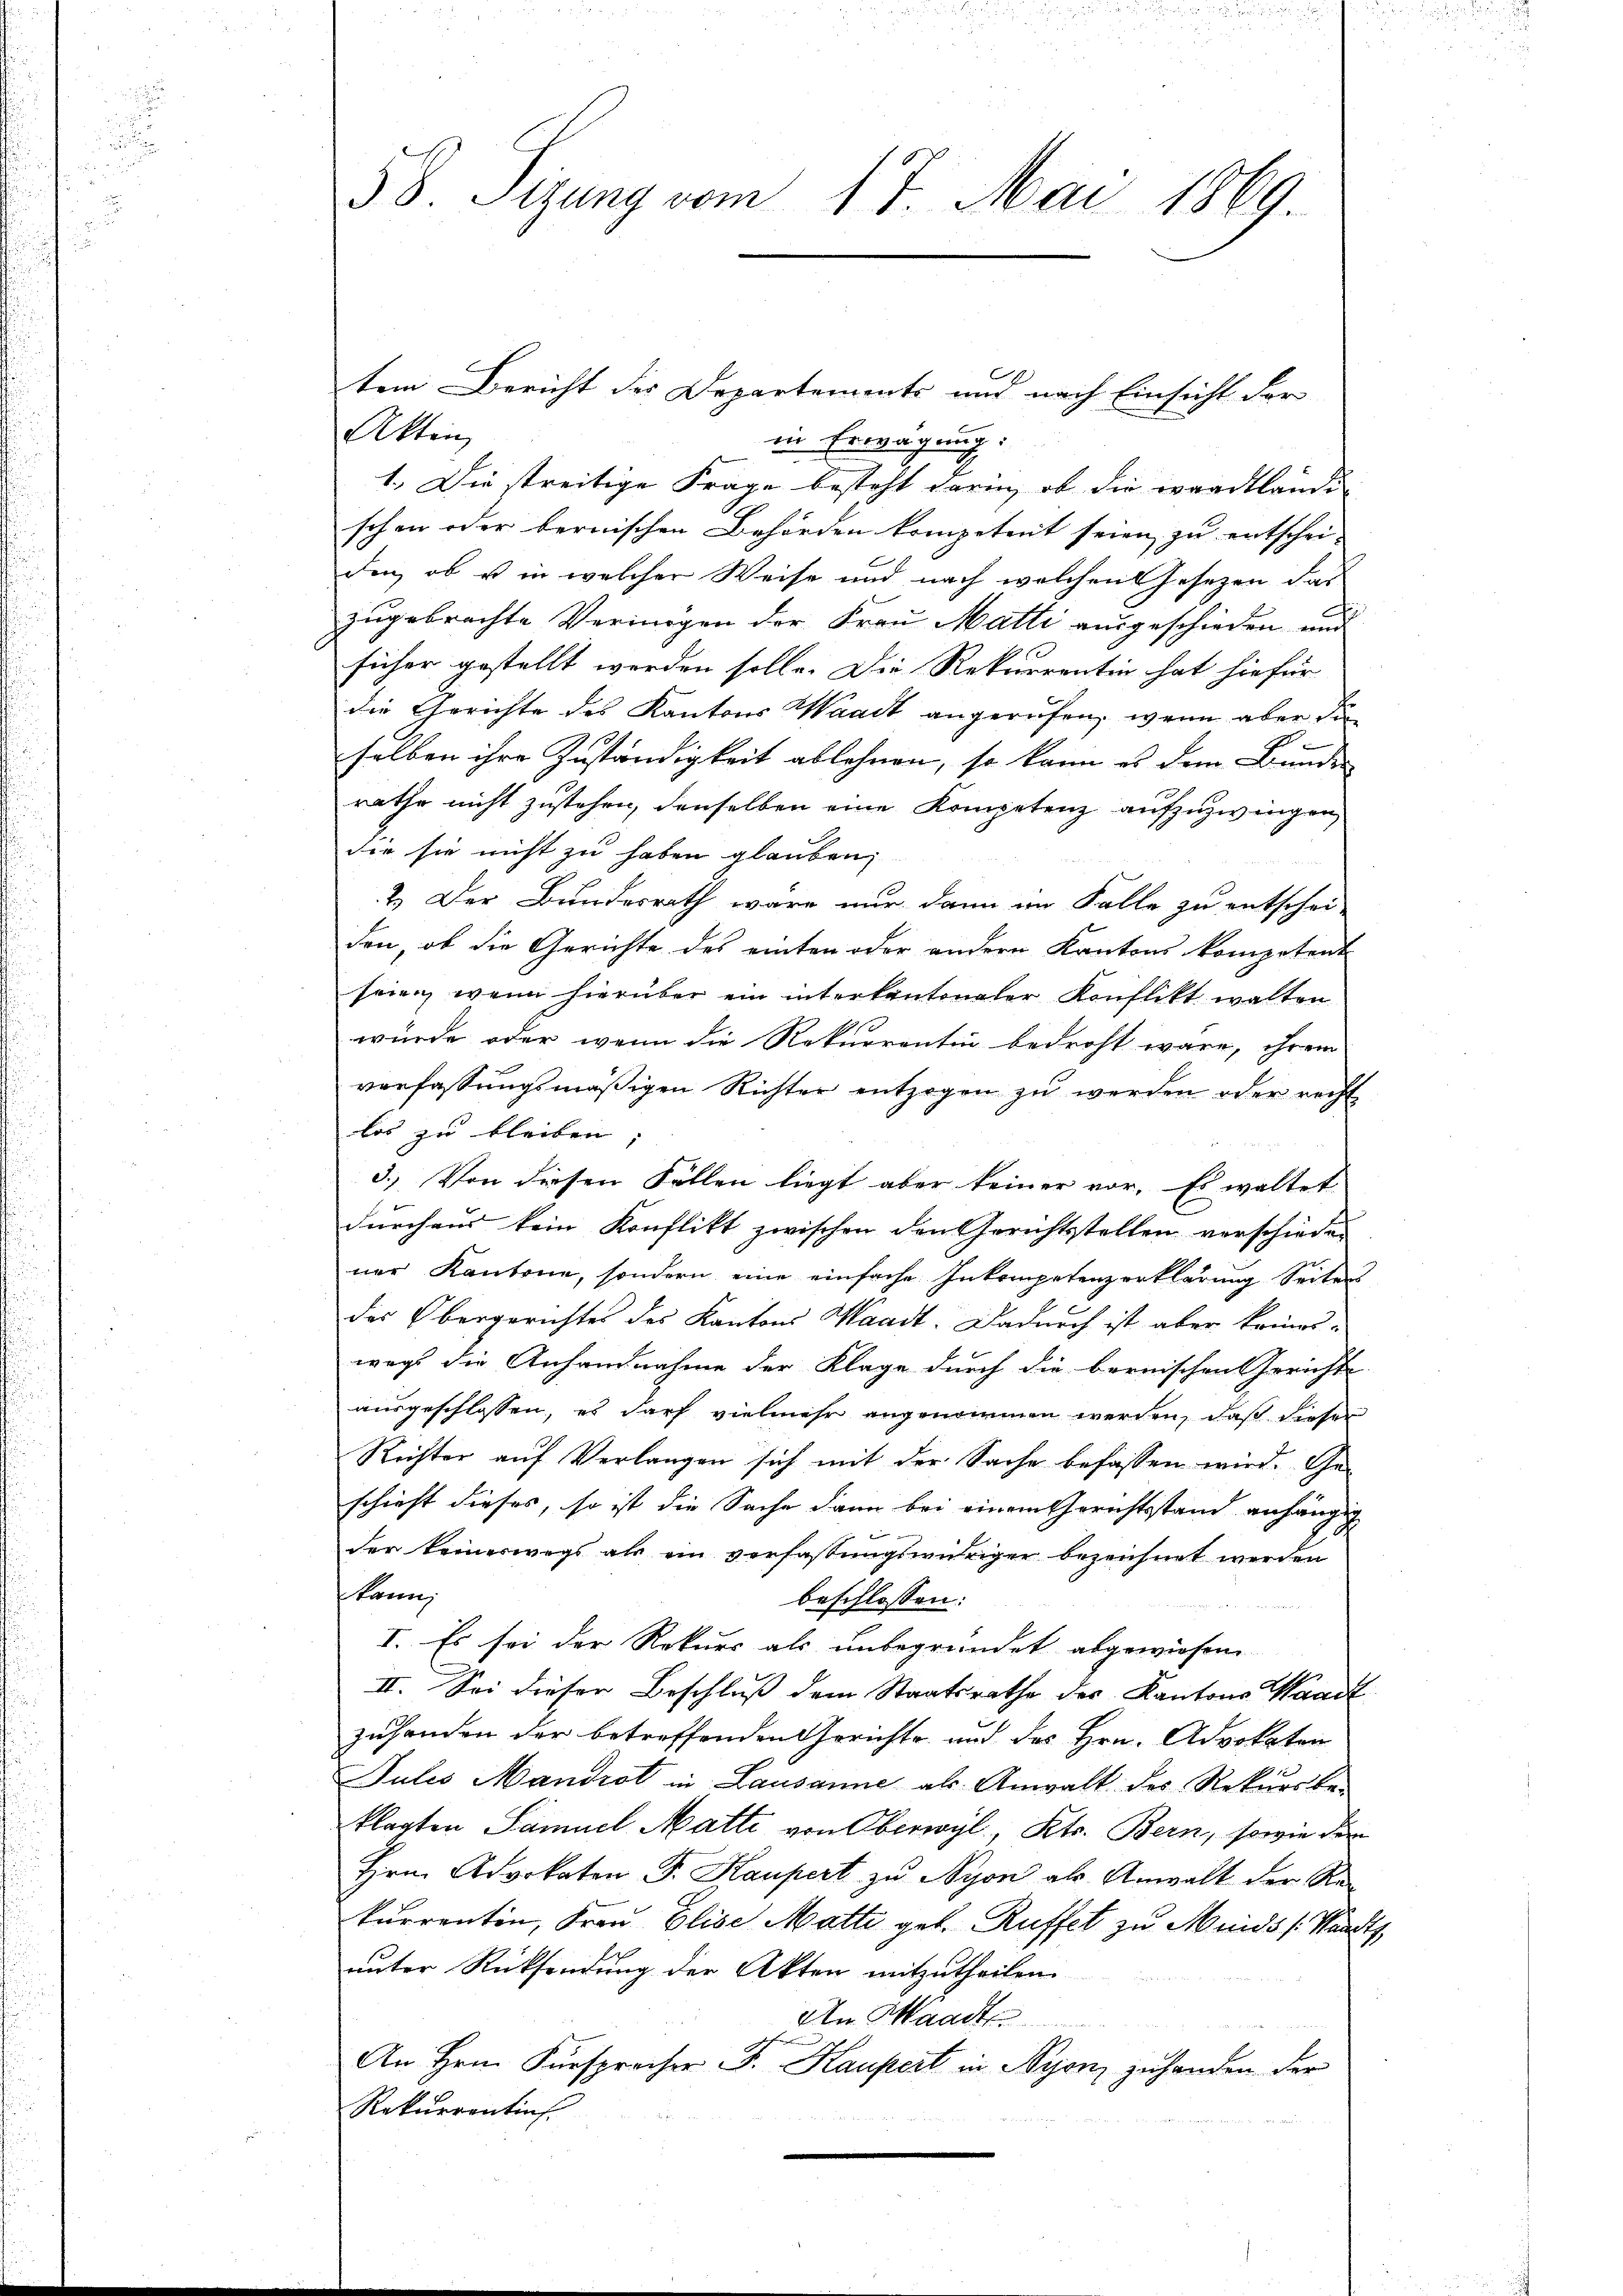
tem Bericht des Departements und nach Einsicht der
Akten
in Erwägung:
1. Die streitige Frage besteht darin, ob die waadtländi
schon oder bernischen Behörden kompetent seien zu entschei-
den, ob u in welcher Weise und nach welchen Gesezen das
zugebrachte Vermögen der Frau Matti ausgeschieden und
füher gestellt werden solle. Die Rekurrentin hat hiefür
die Gerichte des Kantons Waadt angerufen, wenn aber die
selben ihre Zuständigkeit ablehnen, so kann es dem Bundes
rathe nicht zustehen, denselben eine Kompetenz aufzuzwingen,
die sie nicht zu haben glauben,
2.) Der Bundesrath wäre nur dann im Falle zu entschei-
den, ob die Gerichte des einten oder andern Kantons kompetent
seien, wenn hierüber ein interkantonaler Konflikt walten
würde oder wenn die Rekurrentin bedroht wäre, ihrem
verfassungsmäßigen Richter entzogen zu werden oder recht
los zu bleiben; |
3.) Von diesen Fällen liegt aber keiner vor. Es waltet
durchaus kein Konflikt zwischen den Gerichtsstellen verschieden
ner Kantone, sondern eine einfache Inkompetenzerklärung Seiters
der Obergerichtes des Kantons Waadt. Dadurch ist aber keines-
weg die Anhandnahme der Klage durch die bernischen Gerichte
ausgeschlossen, es darf vielmehr angenommen werden, daß dieser
Rechter auf Verlangen sich mit der Sache befassen wird. Ge-
schieht dieses, so ist die Sache dann bei einem Gerichtsstand anhängig
der keineswegs als ein verfassungswuhriger bezeichnet werden
kann,
beschlossen:
I. Es sei der Rekurs als unbegründet abgewiesen
II. Sei dieser Beschluß dem Staatsrathe des Kantons Waadt
zuhanden der betreffenden Gerichte und des Hrn. Advokaten
Julis Mandrot in Lausanne als Anwalt des Rekursbe-
klagten Samuel Matte von Oberwyl, Kts. Bern, sowie dem
Hrn. Advokaten F. Kaupert zu Nyon als Anwalt der Re-
kurrentin, Frau Elise Matte geb. Rüffel zu Minds Kant
unter Rücksendung der Akten mitzutheilen.
An Waadt
An Hrn. Fürsprocher F. Haupert in Nyon zuhanden der
Rekurrentins

58. Sizung vom 17. Mai 1869.